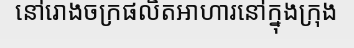
នៅរោងចក្រផលិតអាហារនៅក្នុងក្រុង